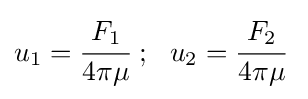
u_{1}={\cfrac {F_{1}}{4\pi \mu }}~;~~u_{2}={\cfrac {F_{2}}{4\pi \mu }}~